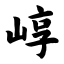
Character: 崞